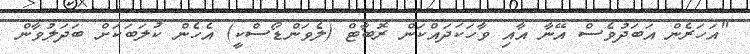
"އަހަރެން އަބަދުވެސް އޭނާ އާއި ވާހަކަދައްކަން ރޮބާޓް (ލެވަންޑޯސްކީ) އެހެން ކުލަބަކަށް ބަދަލުވާން